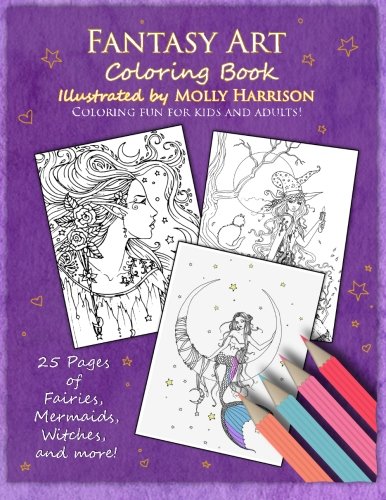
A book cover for Fantasy Art Coloring Book: Fairies, mermaids, dragons and more!  By artist Molly Harrison; Molly Harrison; Crafts, Hobbies & Home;